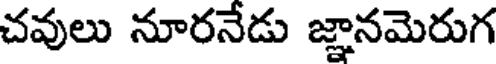
చవులు నూరనేడు జ్ఞానమెరుగ